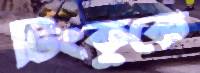
টিংকুকে